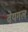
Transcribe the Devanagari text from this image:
वेयगल